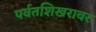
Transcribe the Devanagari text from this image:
पर्वतशिखरावर